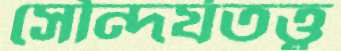
সৌন্দর্যতত্ত্ব